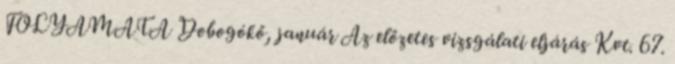
FOLYAMATA Dobogókő, január Az előzetes vizsgálati eljárás Kvt. 67.